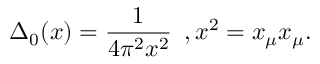
\Delta _ { 0 } ( x ) = \frac { 1 } { 4 \pi ^ { 2 } x ^ { 2 } } \, \, \, , x ^ { 2 } = x _ { \mu } x _ { \mu } .